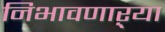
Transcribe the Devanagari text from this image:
निभावणाऱ्या